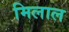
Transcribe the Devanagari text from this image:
मिलाल